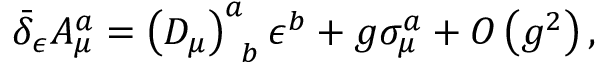
\bar { \delta } _ { \epsilon } A _ { \mu } ^ { a } = \left( D _ { \mu } \right) _ { \; \; b } ^ { a } \epsilon ^ { b } + g \sigma _ { \mu } ^ { a } + O \left( g ^ { 2 } \right) ,